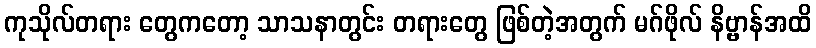
ကုသိုလ်တရား တွေကတော့ သာသနာတွင်း တရားတွေ ဖြစ်တဲ့အတွက် မဂ်ဖိုလ် နိဗ္ဗာန်အထိ